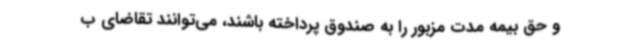
و حق بیمه مدت مزبور را به صندوق پرداخته باشند، می‌توانند تقاضای ب